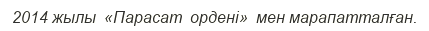
2014 жылы  «Парасат  ордені»  мен марапатталған.